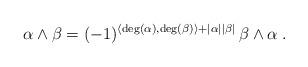
LaTeX: \begin{align*}\alpha \wedge \beta = (-1)^{\langle \deg(\alpha), \deg(\beta) \rangle + |\alpha||\beta|} \, \beta \wedge \alpha\;.\end{align*}